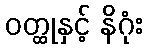
ဝတ္ထုနှင့် နိဂုံး